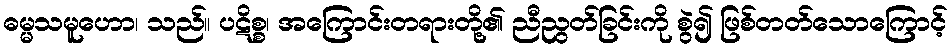
ဓမ္မသမူဟော၊ သည်။ ပဋိစ္စ၊ အကြောင်းတရားတို့၏ ညီညွတ်ခြင်းကို စွဲ၍ ဖြစ်တတ်သောကြောင့်